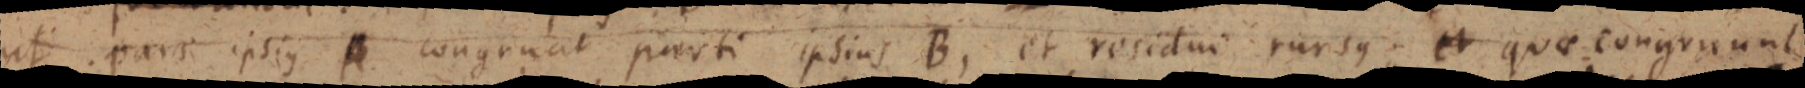
ut pars ipsius A congrunt parti ipsius B, et residui rursus; et quae congruunt